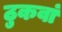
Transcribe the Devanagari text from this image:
ठुकवां